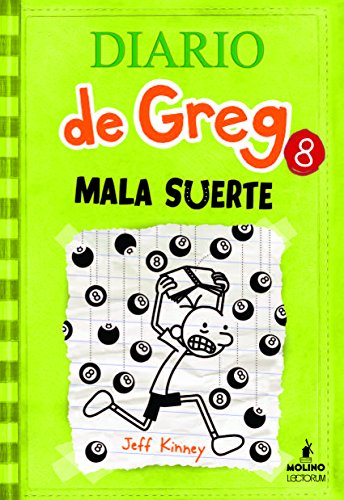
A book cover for Diario de Greg 8 Mala suerte (Spanish Edition); Jeff Kinney; Teen & Young Adult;